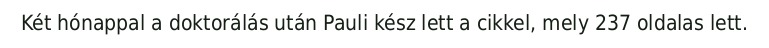
Két hónappal a doktorálás után Pauli kész lett a cikkel, mely 237 oldalas lett.